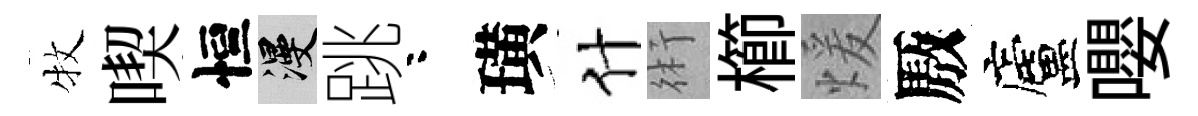
牧喫恒漫跳咯璜什術櫛煖厫廬嚶